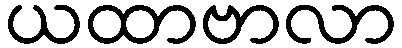
ယထာဗာလာ